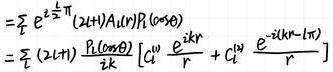
$\begin{align*}
&=\sum_{l} e^{i \frac{\pi}{2} l}(2 l+1) A_{l}(r) P_{l}(\cos \theta) \\
&=\sum_{l}(2 l+1) \frac{P_{l}(\cos \theta)}{i k}\left[C_{l}^{u} \frac{e^{i k r}}{r}+C_{l}^{l} \frac{e^{-i(k r-l \pi)}}{r}\right]
\end{align*}$